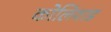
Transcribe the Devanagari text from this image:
कोलिवाड